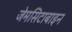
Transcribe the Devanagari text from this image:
जेमसिटाबाइन